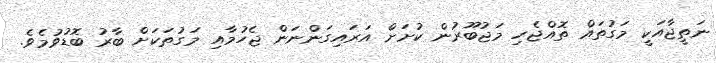
ނަތީޖާއަކީ މަގުތައް ތޮއްޖެހި މަޖުބޫރުން ކުށަށް އަރައިގަންނަން ޖެހުމާއި މަގުތަކަށް ބާރު ބޮޑުވުމެވެ.